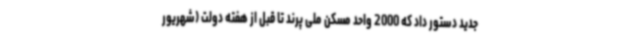
جدید دستور داد که 2000 واحد مسکن ملی پرند تا قبل از هفته دولت (شهریور